Report on vaccination in Madras 1895-1903 - 1895-1903
Year: 1895
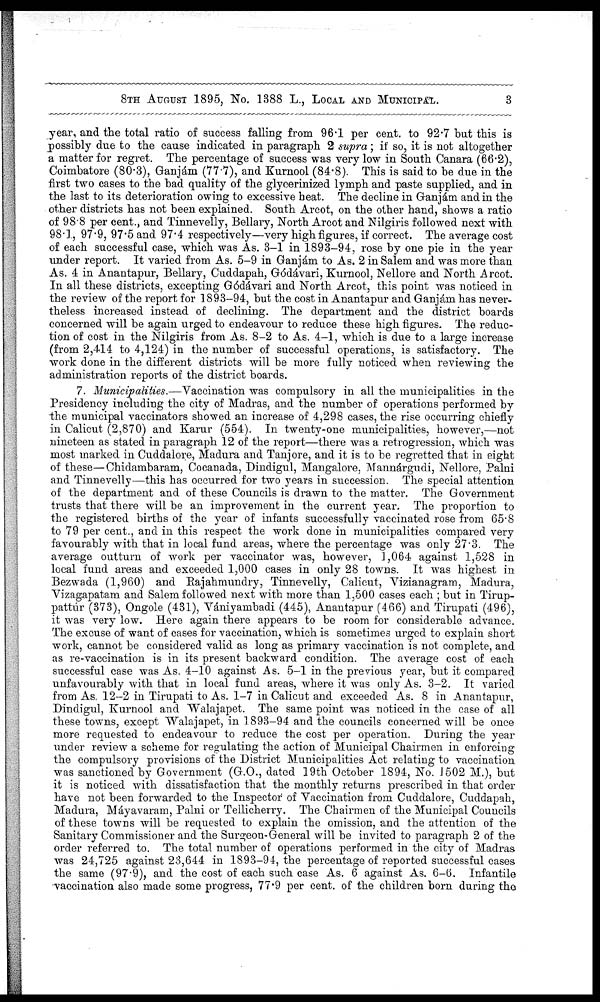
8TH AUGUST 1895, No. 1388 L., LOCAL AND MUNICIPAL.
3
year, and the total ratio of success falling from 96.1 per cent. to 92.7 but this is
possibly due to the cause indicated in paragraph 2 supra; if so, it is not altogether
a matter for regret. The percentage of success was very low in South Canara (66.2),
Coimbatore (80.3), Ganjám (77.7), and Kurnool (84.8). This is said to be due in the
first two cases to the bad quality of the glycerinized lymph and paste supplied, and in
the last to its deterioration owing to excessive heat. The decline in Ganjám and in the
other districts has not been explained. South Arcot, on the other hand, shows a ratio
of 98.8 per cent., and Tinnevelly, Bellary, North Arcot and Nilgiris followed next with
98.1, 97.9, 97.5 and 97.4 respectively—very high figures, if correct. The average cost
of each successful case, which was As. 3-1 in 1893-94, rose by one pie in the year
under report. It varied from As. 5-9 in Ganjám to As. 2 in Salem and was more than
As. 4 in Anantapur, Bellary, Cuddapah, Gódávari, Kurnool, Nellore and North Arcot.
In all these districts, excepting Gódávari and North Arcot, this point was noticed in
the review of the report for 1893-94, but the cost in Anantapur and Ganjám has never-
theless increased instead of declining. The department and the district boards
concerned will be again urged to endeavour to reduce these high figures. The reduc-
tion of cost in the Nilgiris from As. 8-2 to As. 4-1, which is due to a large increase
(from 2,414 to 4,124) in the number of successful operations, is satisfactory. The
work done in the different districts will be more fully noticed when reviewing the
administration reports of the district boards.
7. Municipalities.—Vaccination was compulsory in all the municipalities in the
Presidency including the city of Madras, and the number of operations performed by
-the municipal vaccinators showed an increase of 4,298 cases, the rise occurring chiefly
in Calicut (2,870) and Karur (554). In twenty-one municipalities, however,—not
nineteen as stated in paragraph 12 of the report—there was a retrogression, which was
most marked in Cuddalore, Madura and Tanjore, and it is to be regretted that in eight
of these—Chidambaram, Cocanada, Dindigul, Mangalore, Mannárgudi, Nellore, Palni
and Tinnevelly—this has occurred for two years in succession. The special attention
of the department and of these Councils is drawn to the matter. The Government
trusts that there will be an improvement in the current year. The proportion to
the registered births of the year of infants successfully vaccinated rose from 65.8
to 79 per cent., and in this respect the work done in municipalities compared very
favourably with that in local fund areas, where the percentage was only 27.3. The
average outturn of work per vaccinator was, however, 1,064 against 1,528 in
local fund areas and exceeded 1,000 cases in only 28 towns. It was highest in
Bezwada (1,960) and Rajahmundry, Tinnevelly, Calicut, Vizianagrara, Madura,
Vizagapatam and Salem followed next with more than 1,500 cases each ; but in Tirup¬
pattúr (373), Ongole (431), Vániyanibadi (445), Anantapur (466) and Tirupati (496),
it was very low. Here again there appears to be room for considerable advance.
The excuse of want of cases for vaccination, which is sometimes urged to explain short
work, cannot be considered valid as long as primary vaccination is not complete, and
as re-vaccination is in its present backward condition. The average cost of each
successful case was As. 4-10 against As. 5-1 in the previous year, but it compared
unfavourably with that in local fund areas, where it was only As. 3-2. It varied
from As. 12-2 in Tirupati to As. 1-7 in Calicut and exceeded As. 8 in Anantapur,
Dindigul, Kurnool and Walajapet. The same point was noticed in the case of all
these towns, except Walajapet, in 1893-94 and the councils concerned will be once
more requested to endeavour to reduce the cost per operation. During the year
under review a scheme for regulating the action of Municipal Chairmen in enforcing
the compulsory provisions of the District Municipalities Act relating to vaccination
was sanctioned by Government (G.O., dated 19th October 1894, No. 1502 M.), but
it is noticed with dissatisfaction that the monthly returns prescribed in that order
have not been forwarded to the Inspector of Vaccination from Cuddalore, Cuddapah,
Madura, Máyavaram, Palni or Tellicherry. The Chairmen of the Municipal Councils
of these towns will be requested to explain the omission, and the attention of the
Sanitary Commissioner and the Surgeon-General will be invited to paragraph 2 of the
order referred to. The total number of operations performed in the city of Madras
was 24,725 against 23,644 in 1893-94, the percentage of reported successful cases
the same (97.9), and the cost of each such case As. 6 against As. 6-6. Infantile
vaccination also made some progress, 77.9 per cent. of the children born during the